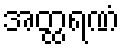
အတ္ထရဏံ